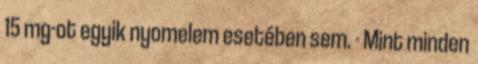
15 mg-ot egyik nyomelem esetében sem. - Mint minden